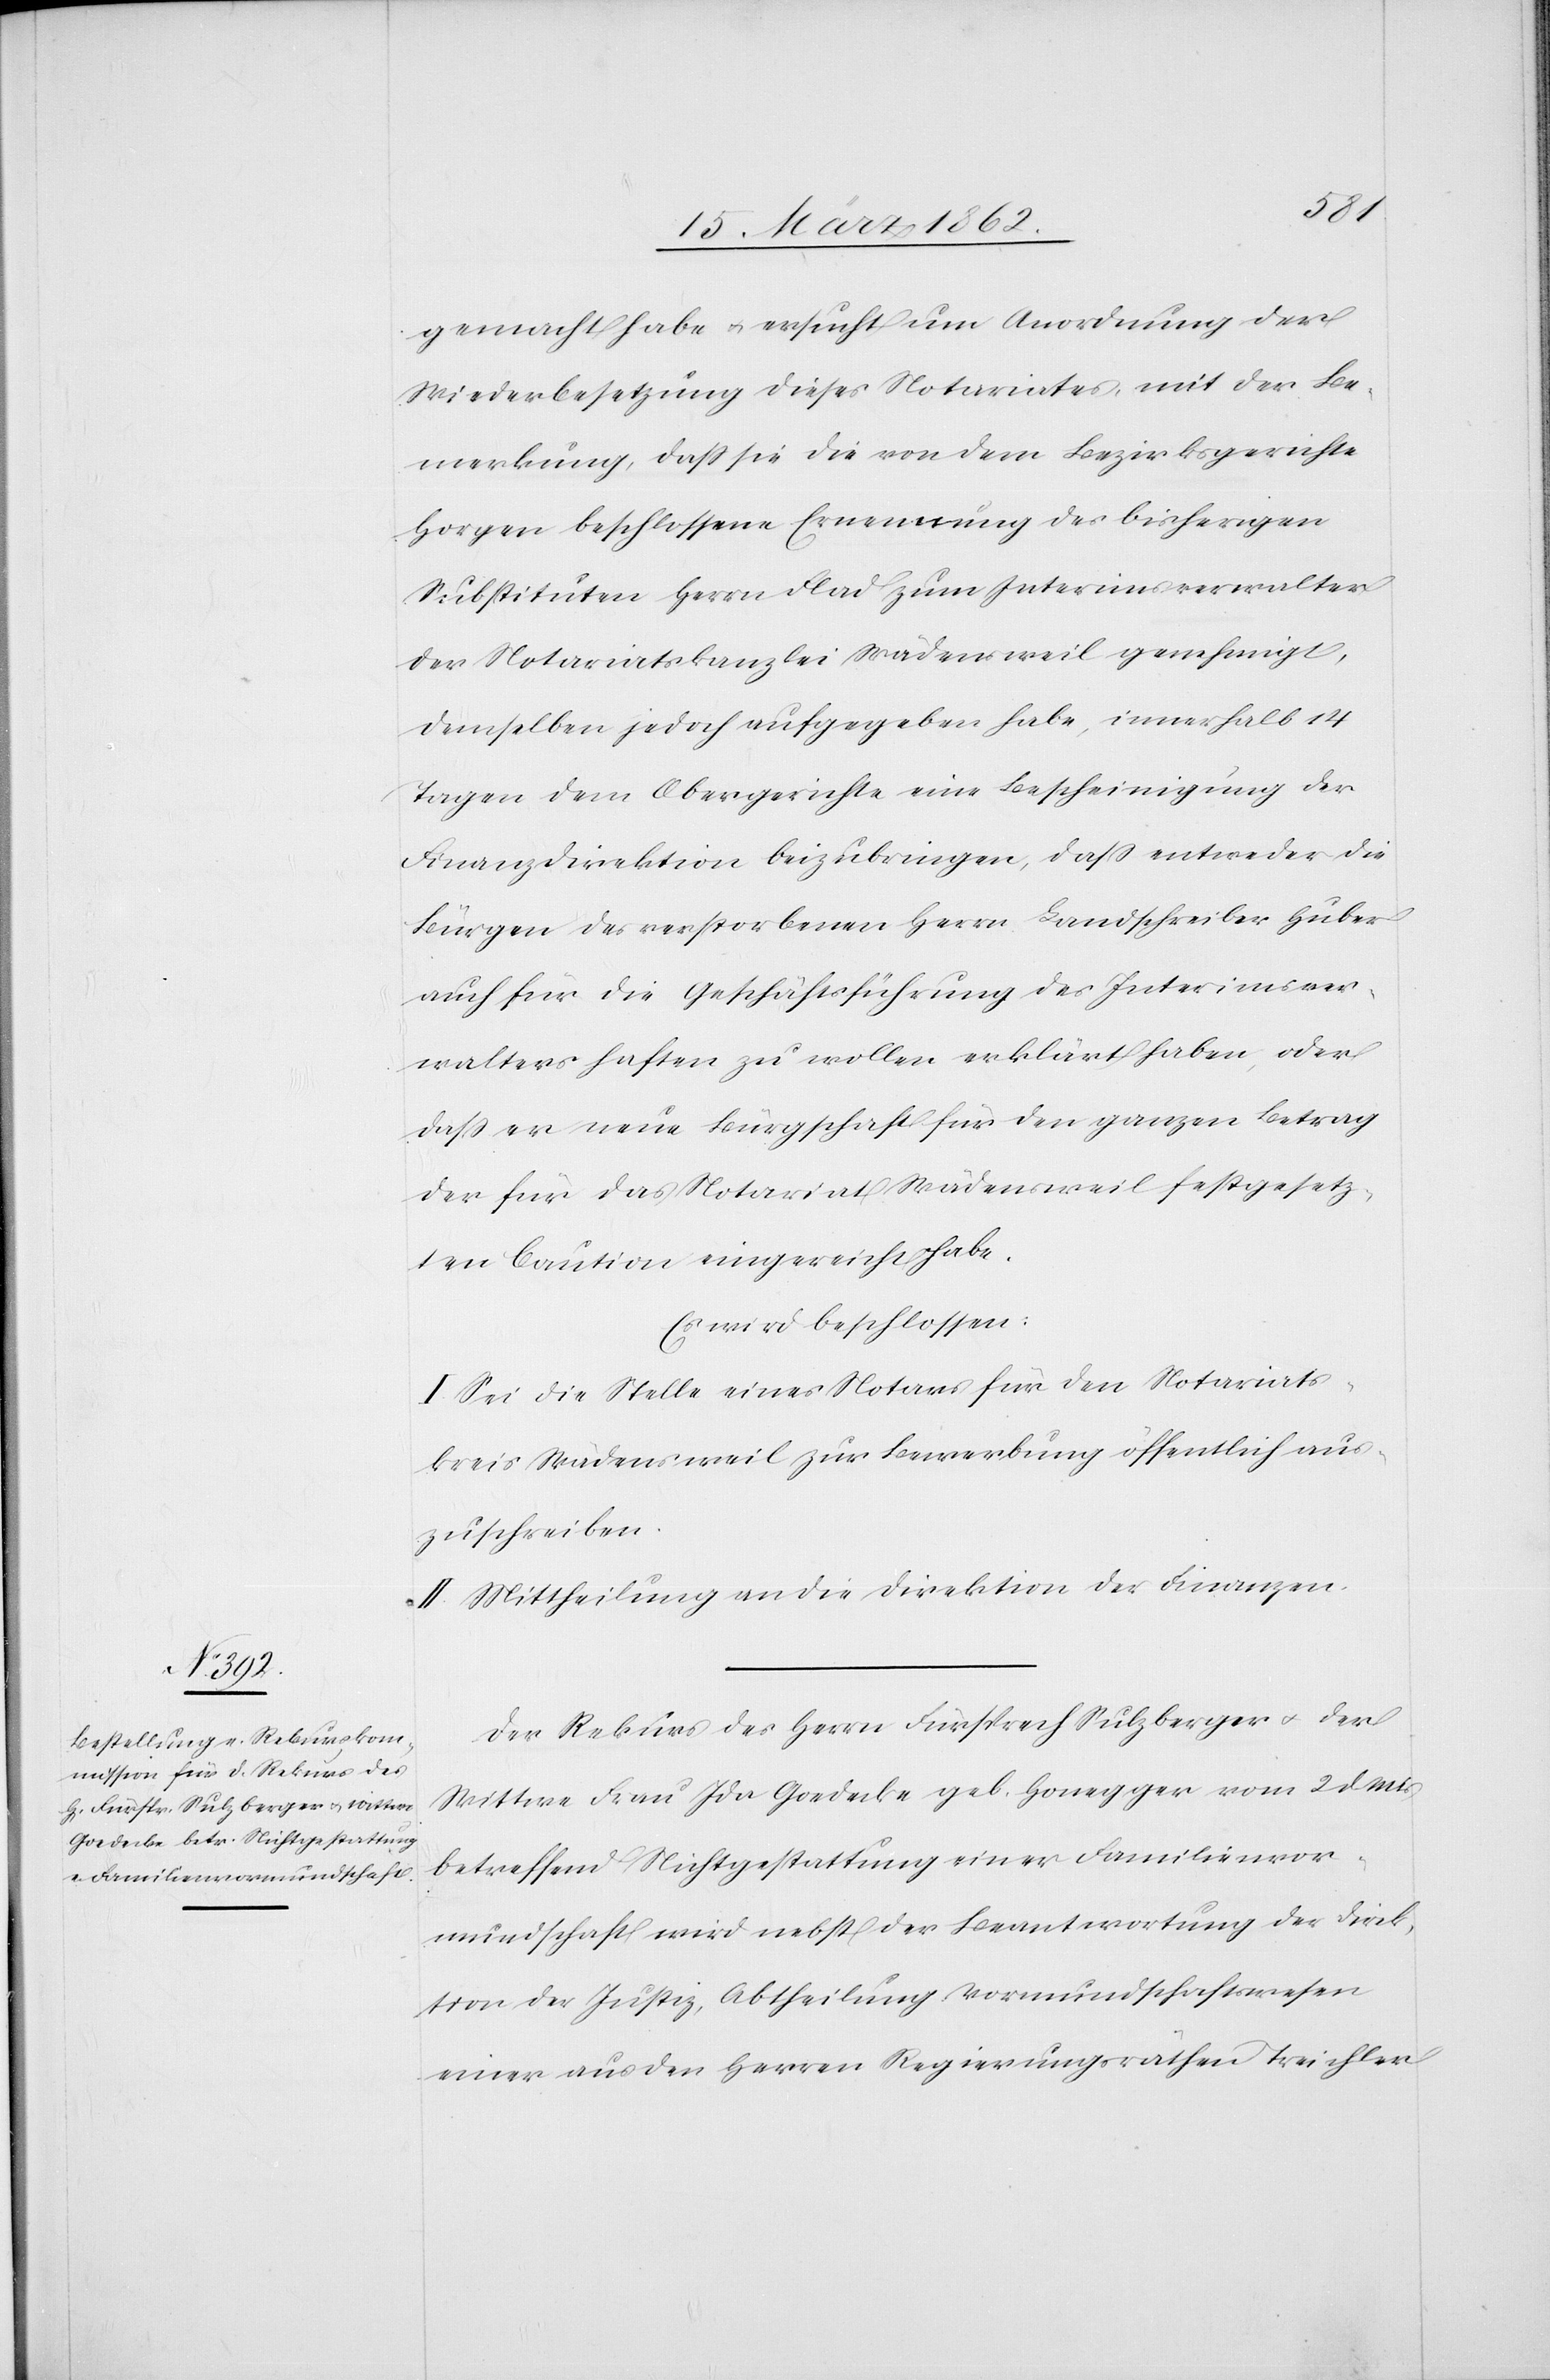
gemacht habe u. ersucht um Anordnung der
Wiederbesetzung dieses Notariates, mit der Be¬
merkung, daß sie die von dem Bezirksgerichte
Horgen beschlossene Erneuerung des bisherigen
Substituten Herrn Flad zum Interimsverwalter
der Notariatskanzlei Wädensweil genehmigt,
demselben jedoch aufgegeben habe, innerhalb 14
Tagen dem Obergerichte eine Bescheinigung der
Finanzdirektion beizubringen, daß entweder die
Bürgen des verstorbenen Herrn Landschreiber Huber
auch für die Geschäftsführung des Interimsver¬
walters haften zu wollen erklärt haben, oder
daß er neue Bürgschaft für den ganzen Betrag
der für das Notariat Wädensweil festgesetz¬
ten Caution eingereicht habe.
Es wird beschlossen:
I. Sei die Stelle eines Notars für den Notariats¬
kreis Wädensweil zur Bewerbung öffentlich aus¬
zuschreiben.
II. Mittheilung an die Direktion der Finanzen.
Der Rekurs des Herrn Fürsprech Sulzberger u. der
Wittwe Frau Ida Goedecke geb. Honegger vom 2 d. Mts
betreffend Nichtgestattung einer Familienvor¬
mundschaft wird nebst der Beantwortung der Direk¬
tion der Justiz, Abtheilung Vormundschaftswesen
einer aus den Herren Regierungsräthen Treichler